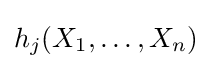
h_{j}(X_{1},\ldots ,X_{n})